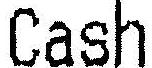
CASH